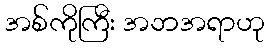
အစ်ကိုကြီး အဘအရာဟု